Report of the Imperial Institute of Veterinary Research, Muktesar
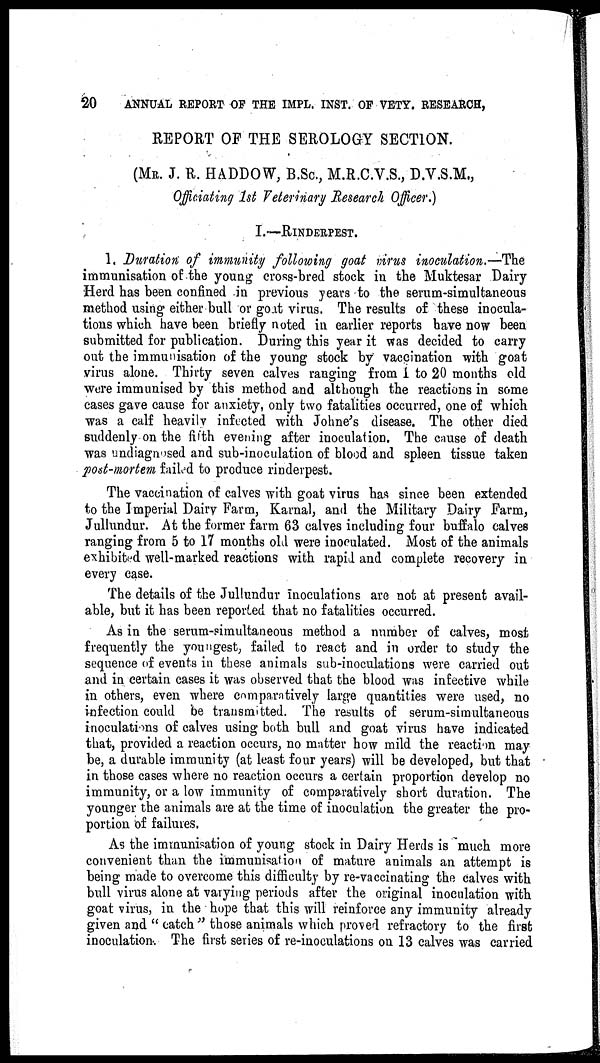
20
ANNUAL REPORT OF THE IMPL. INST. OF VETY. RESEARCH,
REPORT OF THE SEROLOGY SECTION.
(MR. J. R. HADDOW, B.Sc., M.R.C.V.S., D.V.S.M.,
Officiating 1st Veterinary Research Officer.)
I.—RINDERPEST.
1. Duration of immunity following goat virus inoculation.—The
immunisation of the young cross-bred stock in the Muktesar Dairy
Herd has been confined in previous years to the serum-simultaneous
method using either bull or goat virus. The results of these inocula-
tions which have been briefly noted in earlier reports have now been
submitted for publication. During this year it was decided to carry
out the immunisation of the young stock by vaccination with goat
virus alone. Thirty seven calves ranging from 1 to 20 months old
were immunised by this method and although the reactions in some
cases gave cause for anxiety, only two fatalities occurred, one of which
was a calf heavily infected with Johne's disease. The other died
suddenly on the fifth evening after inoculation. The cause of death
was undiagnosed and sub-inoculation of blood and spleen tissue taken
post-mortem failed to produce rinderpest.
The vaccination of calves with goat virus has since been extended
to the Imperial Dairy Farm, Karnal, and the Military Dairy Farm,
Jullundur. At the former farm 63 calves including four buffalo calves
ranging from 5 to 17 months old were inoculated. Most of the animals
exhibited well-marked reactions with rapid and complete recovery in
every case.
The details of the Jullundur inoculations are not at present avail-
able, but it has been reported that no fatalities occurred.
As in the serum-simultaneous method a number of calves, most
frequently the youngest, failed to react and in order to study the
sequence of events in these animals sub-inoculations were carried out
and in certain cases it was observed that the blood was infective while
in others, even where comparatively large quantities were used, no
infection could be transmitted. The results of serum-simultaneous
inoculations of calves using both bull and goat virus have indicated
that, provided a reaction occurs, no matter how mild the reaction may
be, a durable immunity (at least four years) will be developed, but that
in those cases where no reaction occurs a certain proportion develop no
immunity, or a low immunity of comparatively short duration. The
younger the animals are at the time of inoculation the greater the pro-
portion of failures.
As the immunisation of young stock in Dairy Herds is much more
convenient than the immunisation of mature animals an attempt is
being made to overcome this difficulty by re-vaccinating the calves with
bull virus alone at varying periods after the original inoculation with
goat virus, in the hope that this will reinforce any immunity already
given and " catch" those animals which proved refractory to the first
inoculation. The first series of re-inoculations on 13 calves was carried